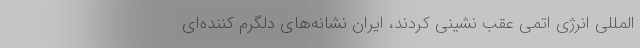
المللی انرژی اتمی عقب نشینی کردند، ایران نشانه‌های دلگرم کننده‌ای